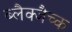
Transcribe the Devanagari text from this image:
ब्लैक्जैच्क